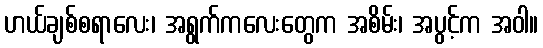
ဟယ်ချစ်စရာလေး၊ အရွက်ကလေးတွေက အစိမ်း၊ အပွင့်က အဝါ။